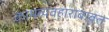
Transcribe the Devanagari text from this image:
कामव्यवहाराबाबत